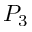
P _ { 3 }